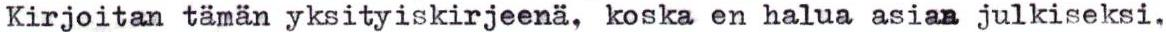
Kirjoitan tämän yksityiskirjeenä, koska en halua asiaa julkiseksi,